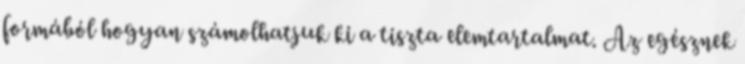
formából hogyan számolhatjuk ki a tiszta elemtartalmat. Az egésznek